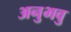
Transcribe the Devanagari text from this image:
अनुभवु